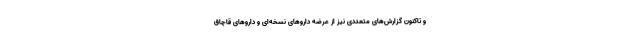
و تاکنون گزارش‌های متعددی نیز از عرضه داروهای نسخه‌ای و داروهای قاچاق